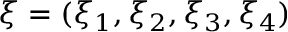
\xi = ( \xi _ { 1 } , \xi _ { 2 } , \xi _ { 3 } , \xi _ { 4 } )